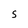
Character: 5